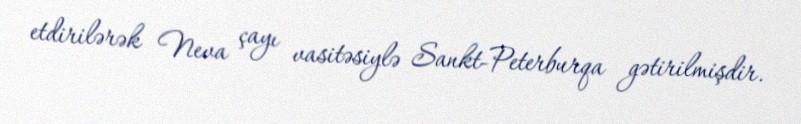
etdirilərək Neva çayı vasitəsiylə Sankt-Peterburqa gətirilmişdir.